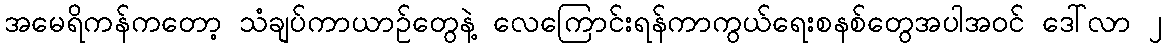
အမေရိကန်ကတော့ သံချပ်ကာယာဉ်တွေနဲ့ လေကြောင်းရန်ကာကွယ်ရေးစနစ်တွေအပါအ၀င် ဒေါ်လာ ၂